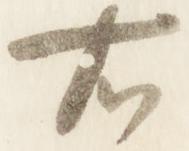
右